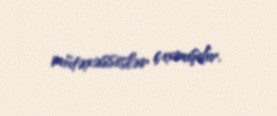
mütəxəssislər çıxmışdır.